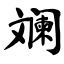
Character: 斓